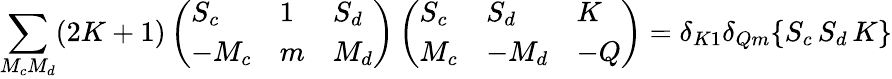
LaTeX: \sum_{M_{c}M_{d}}(2K+1)\left(\begin{array}{lll}{S_{c}}&{1}&{S_{d}}\\ {-M_{c}}&{m}&{M_{d}}\end{array}\right)\left(\begin{array}{lll}{S_{c}}&{S_{d}}&{K}\\ {M_{c}}&{-M_{d}}&{-Q}\end{array}\right)=\delta_{K1}\delta_{Qm}\{ S_{c}\, S_{d}\, K\}